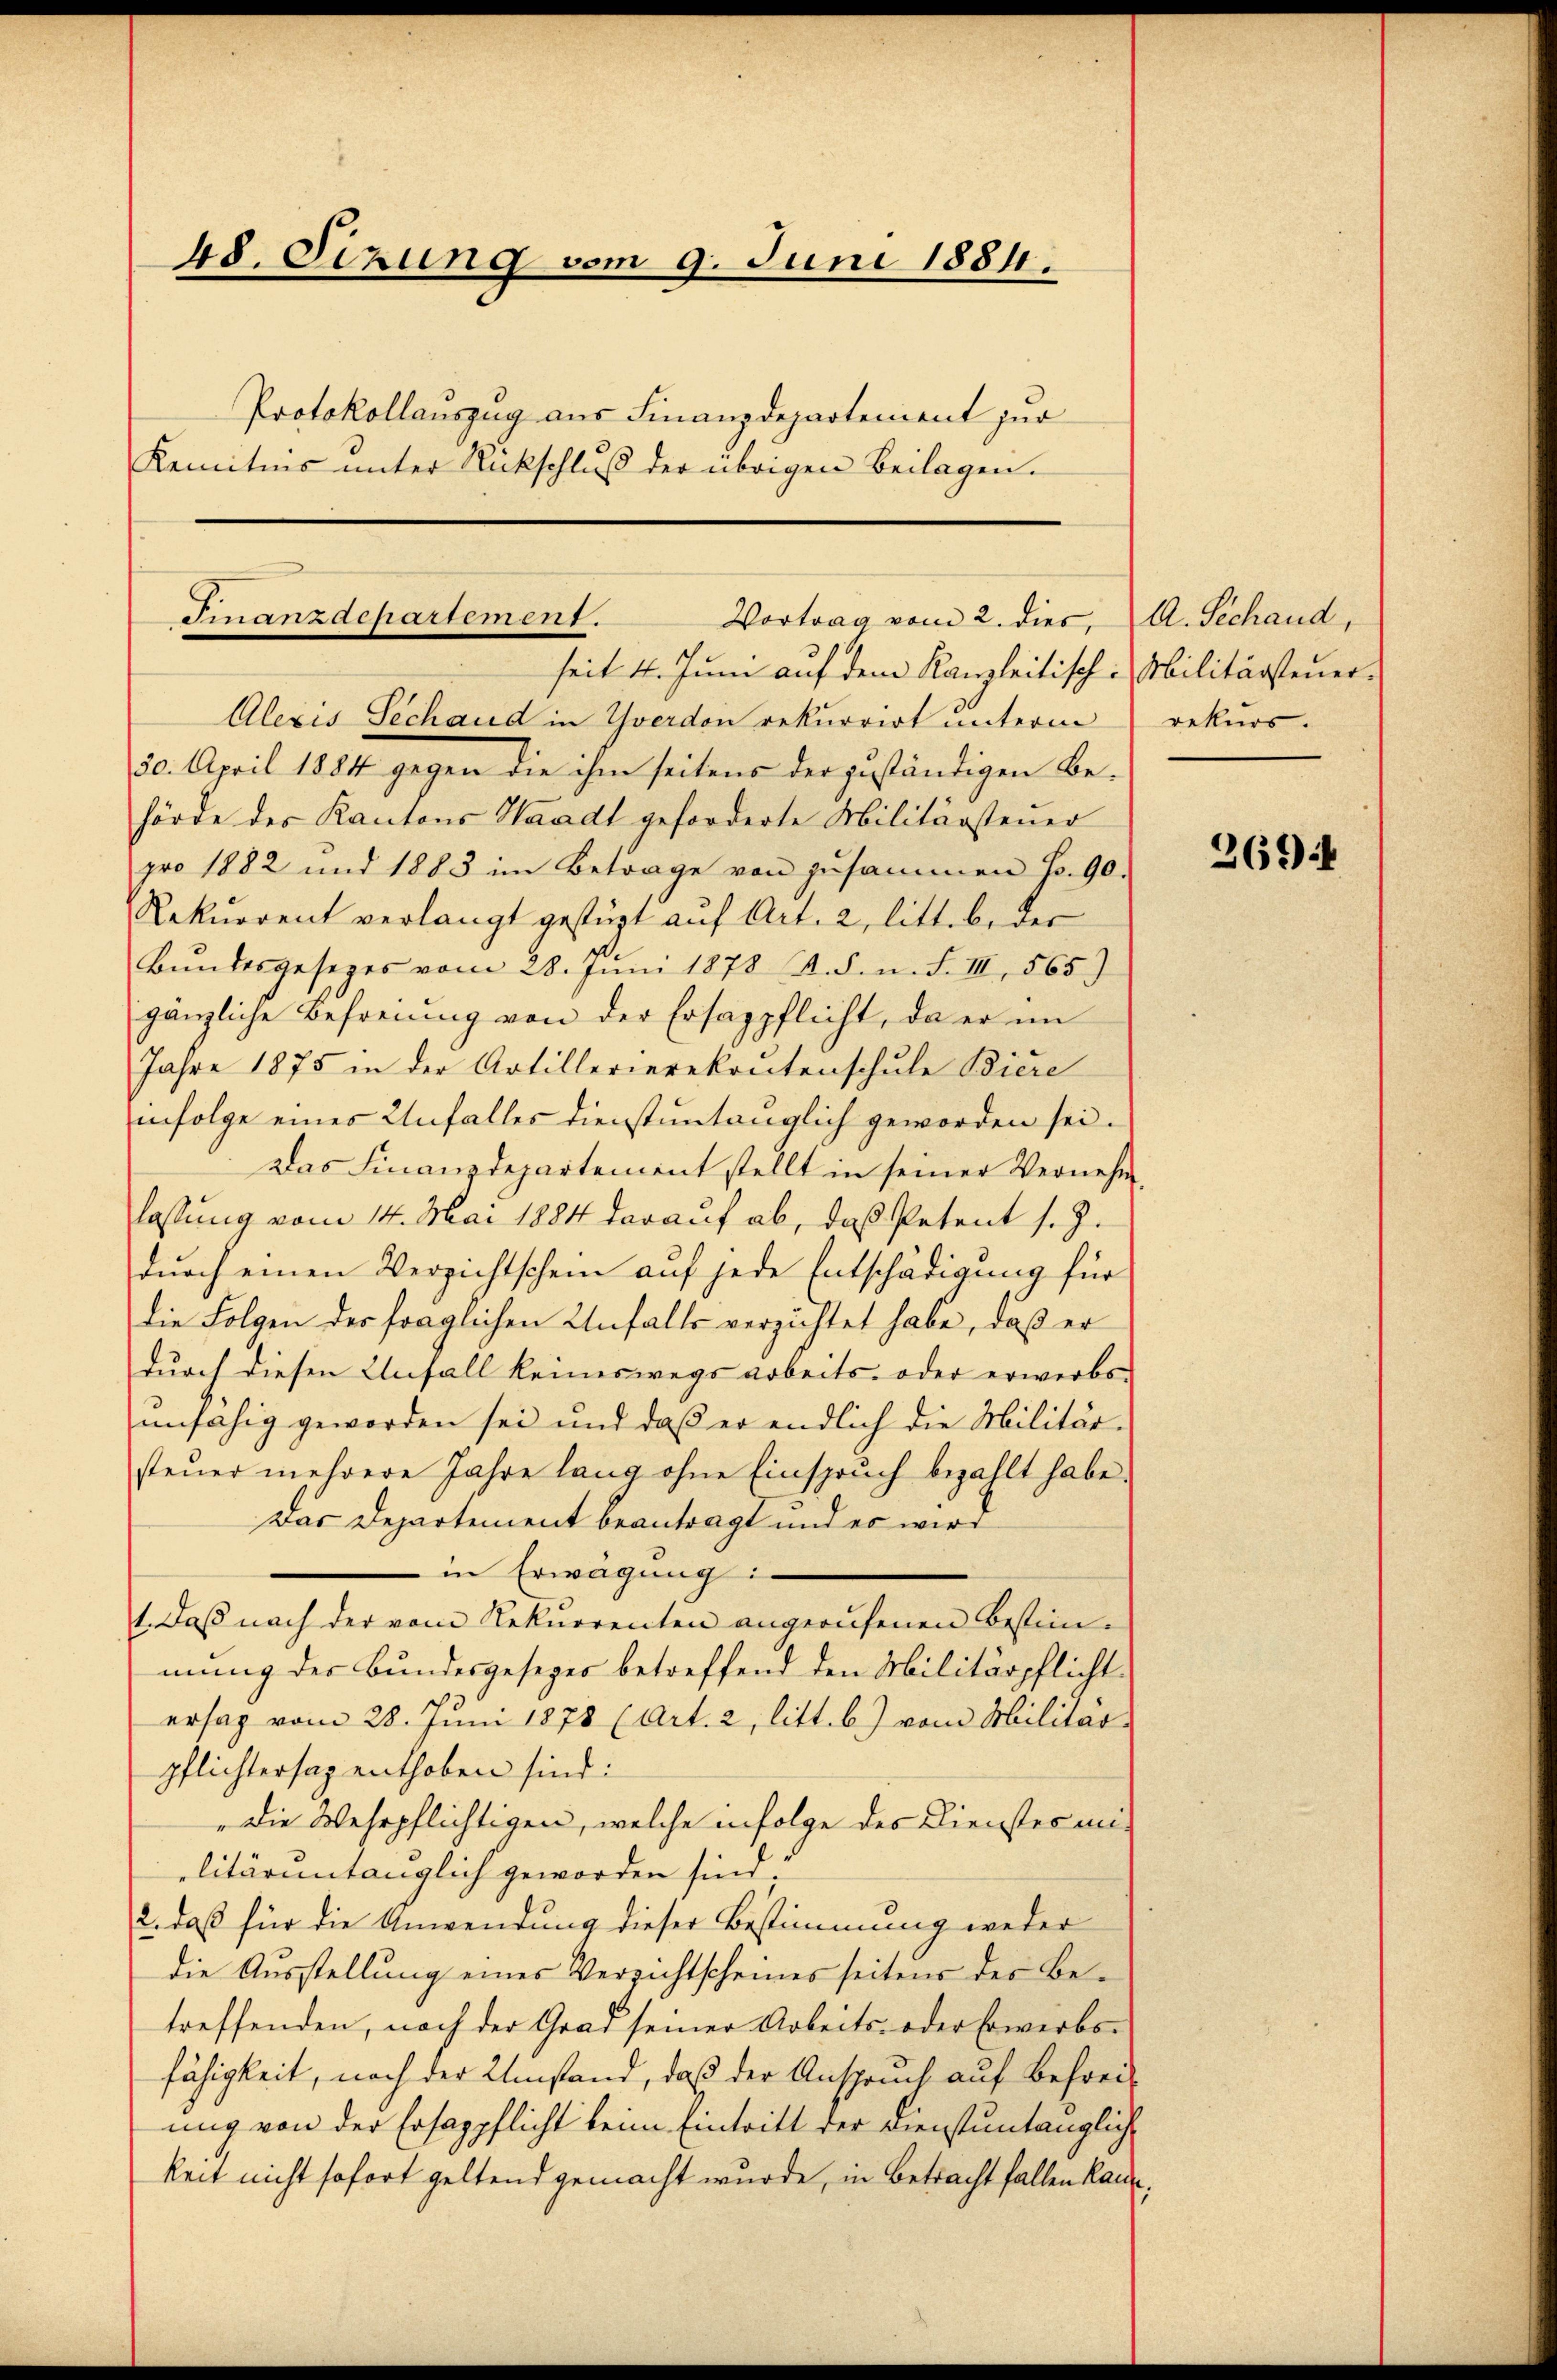
48. Sizung vom 9. Juni 1884.
Protokollauszug aus Finanzdepartement zur
Kemitins unter Rückschluß der übrigen Beilagen.

Finanzdepartement.
Vortrag vom 2. dies, A. Sechand,
seit 4. Juni auf dem Kanzleitisch-Militärsteuer¬

Alexis Sechand in Yverdon rekurrirt unterm
30. April 1884 gegen die ihm seitens der zuständigen Behörde des Kantons Waadt geforderte Militärsteuer
pro 1882 und 1883 im Betrage von zusammen Fr. 90.
Rekurrent verlangt gestüzt auf Art. 2, litt. b. der
Bŭndesgesezes vom 28. Jŭni 1878 A. S. n. F. III 565)
gänzliche Befreiung von der Ersappflicht, da er im
Jahre 1875 in der Artillerierekrutenschule Biere
infolge eines Unfalles dienstuntänglich geworden sei.
Das Finanzdepartement stellt in seiner Vernehm
lassung vom 14. Mai 1884 darauf ab, daß Petent s. Z.
durch einen Versichtschein auf jede Entschädigung für
die Folgen der fraglichen Unfalls verzichtet habe, daß er
durch diesen Unfall keineswegs arbeits- oder erwerbs
unfähig geworden sei und daß er endlich die Militär-
steuer mehrere Jahre lang ohne Einspruch bezahlt habe.
Das Departement beantragt und es wird
in Erwägung:
1. Daß nach der vom Rekurrenten angerufenen Bestimmung der Bundesgesezes betreffend den Militärpflichtersag vom 28. Juni 1878 (Art. 2, litt. b.) vom Militärpflichtersagenthoben sind:
„Die Wehrpflichtigen, welche infolge des Dienstes un-
litärintänglich geworden sind;
2. daß für die Anwendung dieser Bestimmung weder
die Ausstellung eines Versichtscheines seitens der Betreffenden, nach der Grad seiner Arbeits- oder Erwerbsfähigkeit, nach der Umstand, daß der Anspruch auf Befreiung von der Ersappflicht keine Eintritt der Dienstuntängliche
keit nicht sofort geltend gemacht wurde, in Betracht fallen kann,

rekurs.

2694